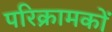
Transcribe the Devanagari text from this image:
परिक्रामकों